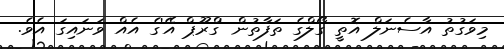
މިވަގުތު އާސެނަލް އޮތީ ގޯލްގެ ތަފާތުން 'ގްރޫޕް އޭ'ގެ އެއް ވަނައިގަ އެވެ.